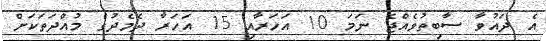
އެ ދައުވާ ސާބިތުވެއްޖެ ނަމަ 10 އަހަރާއި 15 އަހަރާ ދެމެދުގެ މުއްދަތަކަށް